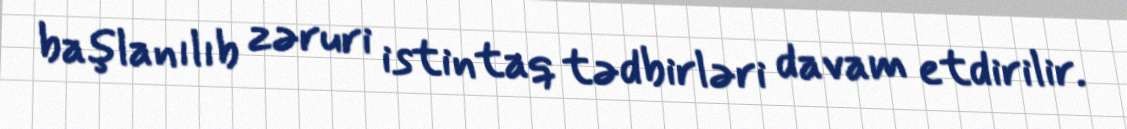
başlanılıb zəruri istintaq tədbirləri davam etdirilir.